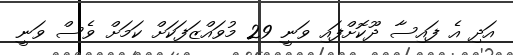
އަދި އެ ފައިސާ ދޫކޮށްފައި ވަނީ 29 މުވައްޒަފަކަށް ކަމަށް ވެސް ވަނީ